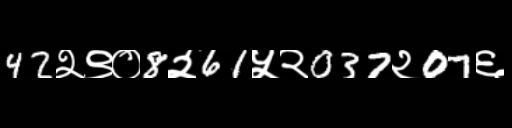
Text: 42२९०8२61५२037२07६